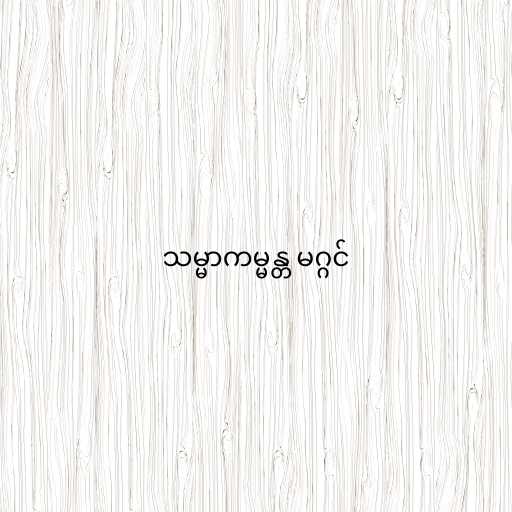
သမ္မာကမ္မန္တ မဂ္ဂင်